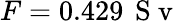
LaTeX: F=0.429\, \mathrm{~S~v~}